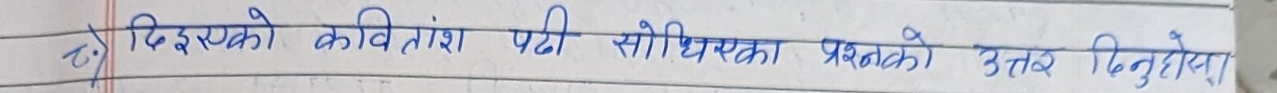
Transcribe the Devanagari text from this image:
२) दिएको कवितांश पढी सोधिएका प्रश्नको उत्तर दिनुहोस्।